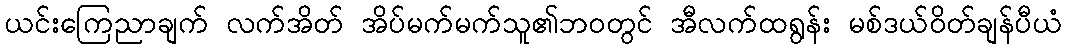
ယင်းကြေညာချက် လက်အိတ် အိပ်မက်မက်သူ၏ဘ၀တွင် အီလက်ထရွန်း မစ်ဒယ်ဝိတ်ချန်ပီယံ